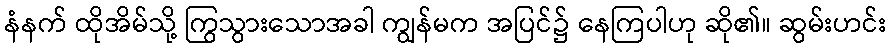
နံနက် ထိုအိမ်သို့ ကြွသွားသောအခါ ကျွန်မက အပြင်၌ နေကြပါဟု ဆို၏။ ဆွမ်းဟင်း